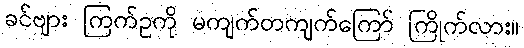
ခင်ဗျား ကြက်ဥကို မကျက်တကျက်ကြော် ကြိုက်လား။